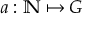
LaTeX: a : \mathbb { N } \mapsto G